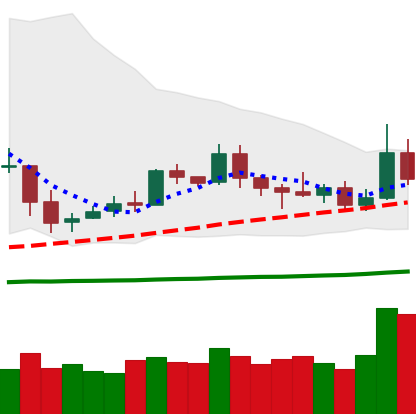
Ticker: ETC-USD
Chart end date: 2019-05-12
Forward return: 23.975%
Label: up_7plus